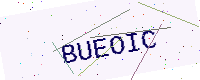
Text: BUEOIC